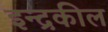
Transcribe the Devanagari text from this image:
इन्द्रकील